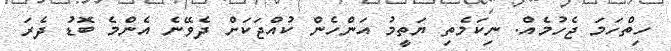
ހިތްހަމަ ޖެހުމެއް. ނިކަމެތި ޔަތީމު އަންހެން ކުއްޖަކަށް ދެވޭނެ އެންމެ ބޮޑު ދެރަ